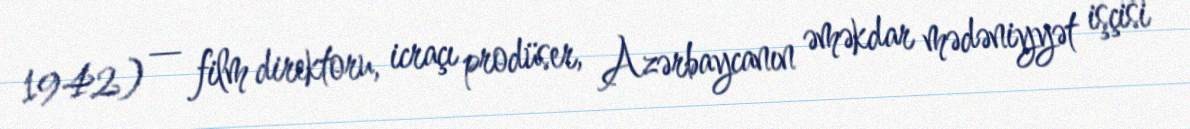
1942) — film direktoru, icraçı prodüser, Azərbaycanın əməkdar mədəniyyət işçisi